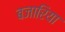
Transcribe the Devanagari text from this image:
बजारिया